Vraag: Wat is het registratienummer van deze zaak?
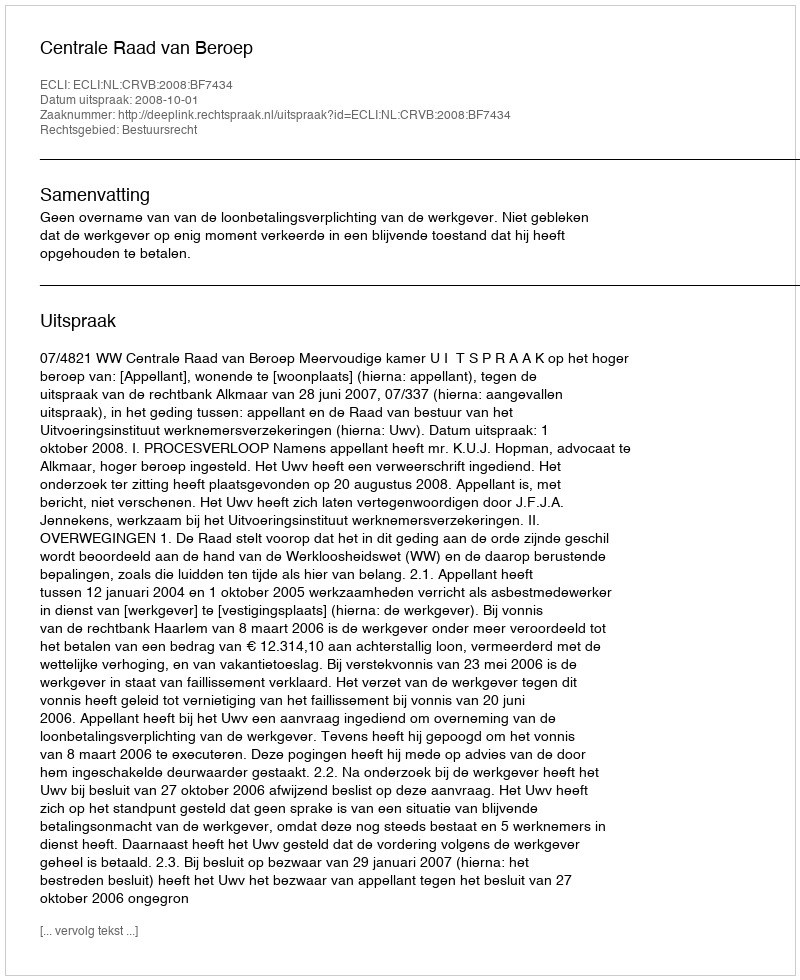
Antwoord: http://deeplink.rechtspraak.nl/uitspraak?id=ECLI:NL:CRVB:2008:BF7434